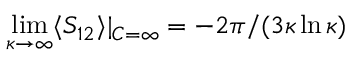
\operatorname* { l i m } _ { \kappa \to \infty } \langle S _ { 1 2 } \rangle | _ { C = \infty } = - 2 \pi / ( 3 \kappa \ln \kappa )